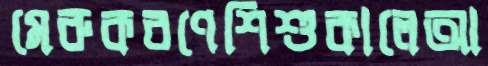
মেরুকরণেশিশুকালেআ